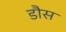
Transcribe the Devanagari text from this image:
डौस